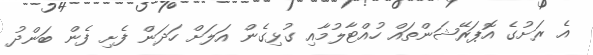
އެ ރަށުގެ އޮޕަރޭޝަންތައް ހުއްޓާލުމާއި ގުޅިގެން އަލަށް ހަދަން ފެށި ފެން ބަންދު